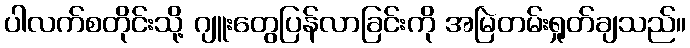
ပါလက်စတိုင်းသို့ ဂျူးတွေပြန်လာခြင်းကို အမြဲတမ်းရှုတ်ချသည်။